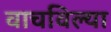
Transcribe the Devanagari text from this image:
वाचविल्या